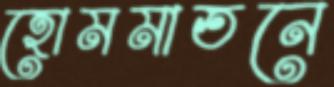
হোমমাতনে